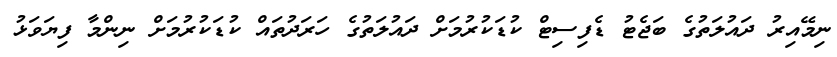
ނިމޭއިރު ދައުލަތުގެ ބަޖެޓު ޑެފިސިޓް ކުޑަކުރުމަށް ދައުލަތުގެ ހަރަދުތައް ކުޑަކުރުމަށް ނިންމާ ފިޔަވަޅު